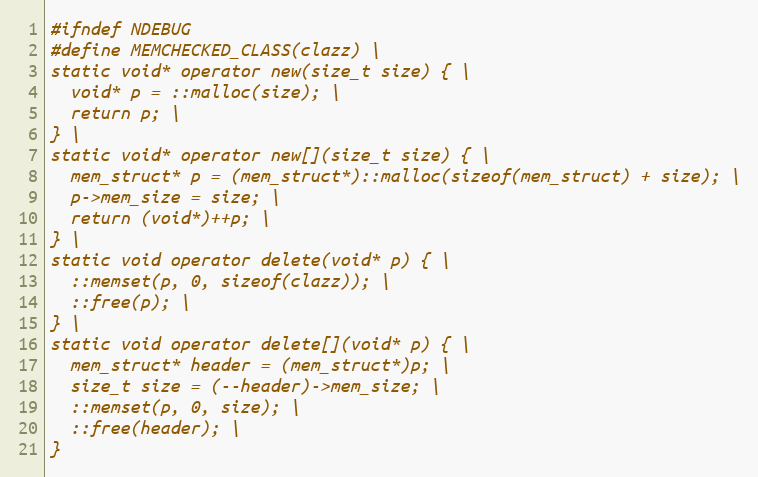
Language: C
#ifndef NDEBUG
#define MEMCHECKED_CLASS(clazz) \
static void* operator new(size_t size) { \
  void* p = ::malloc(size); \
  return p; \
} \
static void* operator new[](size_t size) { \
  mem_struct* p = (mem_struct*)::malloc(sizeof(mem_struct) + size); \
  p->mem_size = size; \
  return (void*)++p; \
} \
static void operator delete(void* p) { \
  ::memset(p, 0, sizeof(clazz)); \
  ::free(p); \
} \
static void operator delete[](void* p) { \
  mem_struct* header = (mem_struct*)p; \
  size_t size = (--header)->mem_size; \
  ::memset(p, 0, size); \
  ::free(header); \
}